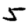
Digit: 5